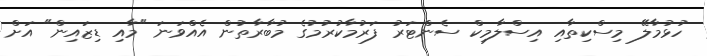
ހުޅުމާލޭ މިސްކިތާއި އިސްލާމިކް ސެންޓަރު ފަރުމާކުރުމުގެ މުބާރާތުން އެއްވަނަ "މާއި ޑިޒައިން" އަށް